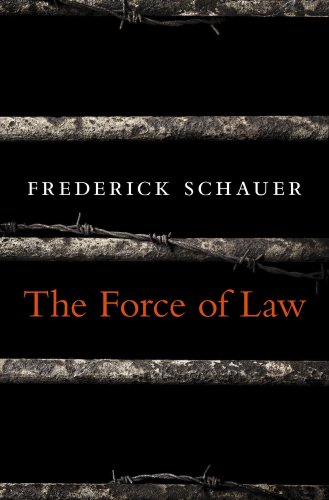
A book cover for The Force of Law; Frederick Schauer; Law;